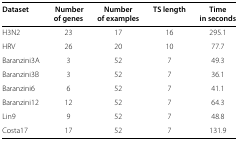
<table><thead><tr><td><b>Dataset</b></td><td><b>Number</b></td><td><b>Number</b></td><td><b>TS length</b></td><td><b>Time</b></td></tr><tr><td><b> </b></td><td><b>of genes</b></td><td><b>of examples</b></td><td><b> </b></td><td><b>in seconds</b></td></tr></thead><tbody><tr><td>H3N2</td><td>23</td><td>17</td><td>16</td><td>295.1</td></tr><tr><td>HRV</td><td>26</td><td>20</td><td>10</td><td>77.7</td></tr><tr><td>Baranzini3A</td><td>3</td><td>52</td><td>7</td><td>49.3</td></tr><tr><td>Baranzini3B</td><td>3</td><td>52</td><td>7</td><td>36.1</td></tr><tr><td>Baranzini6</td><td>6</td><td>52</td><td>7</td><td>41.1</td></tr><tr><td>Baranzini12</td><td>12</td><td>52</td><td>7</td><td>64.3</td></tr><tr><td>Lin9</td><td>9</td><td>52</td><td>7</td><td>48.8</td></tr><tr><td>Costa17</td><td>17</td><td>52</td><td>7</td><td>131.9</td></tr></tbody></table>